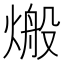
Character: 𪹙